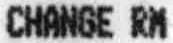
CHANGE RM